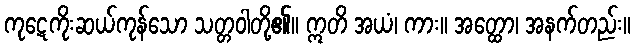
ကုဋေကိုးဆယ်ကုန်သော သတ္တဝါတို့၏။ ဣတိ အယံ၊ ကား။ အတ္ထော၊ အနက်တည်း။